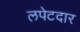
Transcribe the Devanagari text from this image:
लपेटदार